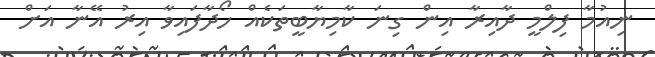
ނިއުމާ ފިލްމީ ދާއިރާ އިން ގިނަ ކާމިޔާބީތަކެއް ހޯދާފައިވާ އިރު އޭނާ އަށް